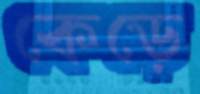
কেড়ে